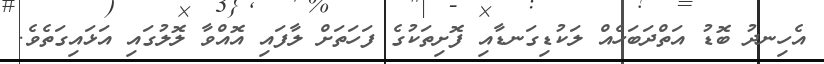
އެހިނދު ބޮޑު އަތްދަބަހެއް ލަކުޑިގަނޑާއި ފޮށިތަކުގެ ފަހަތަށް ލާފައި އޮއްވާ ލޮލުގައި އަޅައިގަތެވެ.